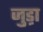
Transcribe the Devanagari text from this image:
जुड़़ा